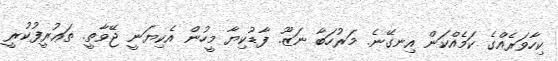
ކިހާވަރެއްގެ ކަމެއްކަން އިނގޭނެ. މަރުހަބާ ނަޒޫ. ފާޑުކިޔާ މީހުން އެކިޔަނީ ޖޭވާތީ. ތަޢުރީފުކުރީ